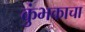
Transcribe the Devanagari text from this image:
कुंभकाचा